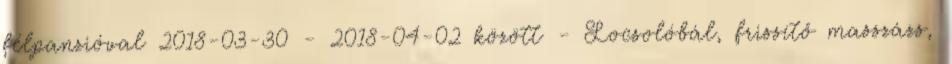
félpanzióval 2018-03-30 - 2018-04-02 között - Locsolóbál, frissítő masszázs,